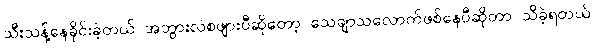
သီးသန့်နေခိုင်းခဲ့တယ် အဘွားလဲစဖျားပီဆိုတော့ သေချာသလောက်ဖစ်နေပီဆိုတာ သိခဲ့ရတယ်